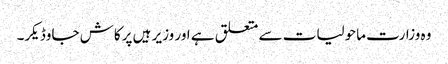
وہ وزارت ماحولیات سے متعلق ہے اور وزیر ہیں پرکاش جاوڈیکر۔